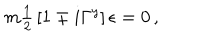
m { \textstyle \frac { 1 } { 2 } } \left[ 1 \mp i \Gamma ^ { y } \right] \epsilon = 0 \, ,